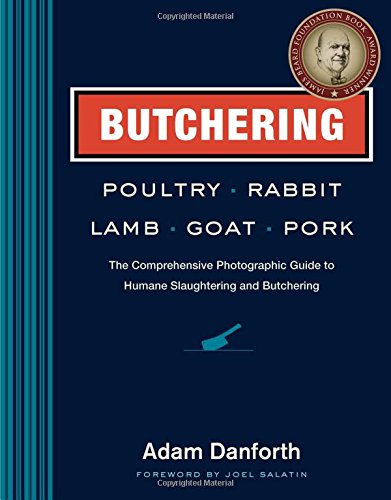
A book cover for Butchering Poultry, Rabbit, Lamb, Goat, and Pork: The Comprehensive Photographic Guide to Humane Slaughtering and Butchering; Adam Danforth; Cookbooks, Food & Wine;